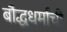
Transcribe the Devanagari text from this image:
बौद्धधर्माची